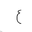
Letter: _ayn